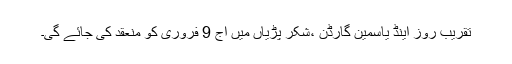
تقریب روز اینڈ یاسمین گارڈن ،شکر پڑیاں میں آج 9 فروری کو منعقد کی جائے گی۔